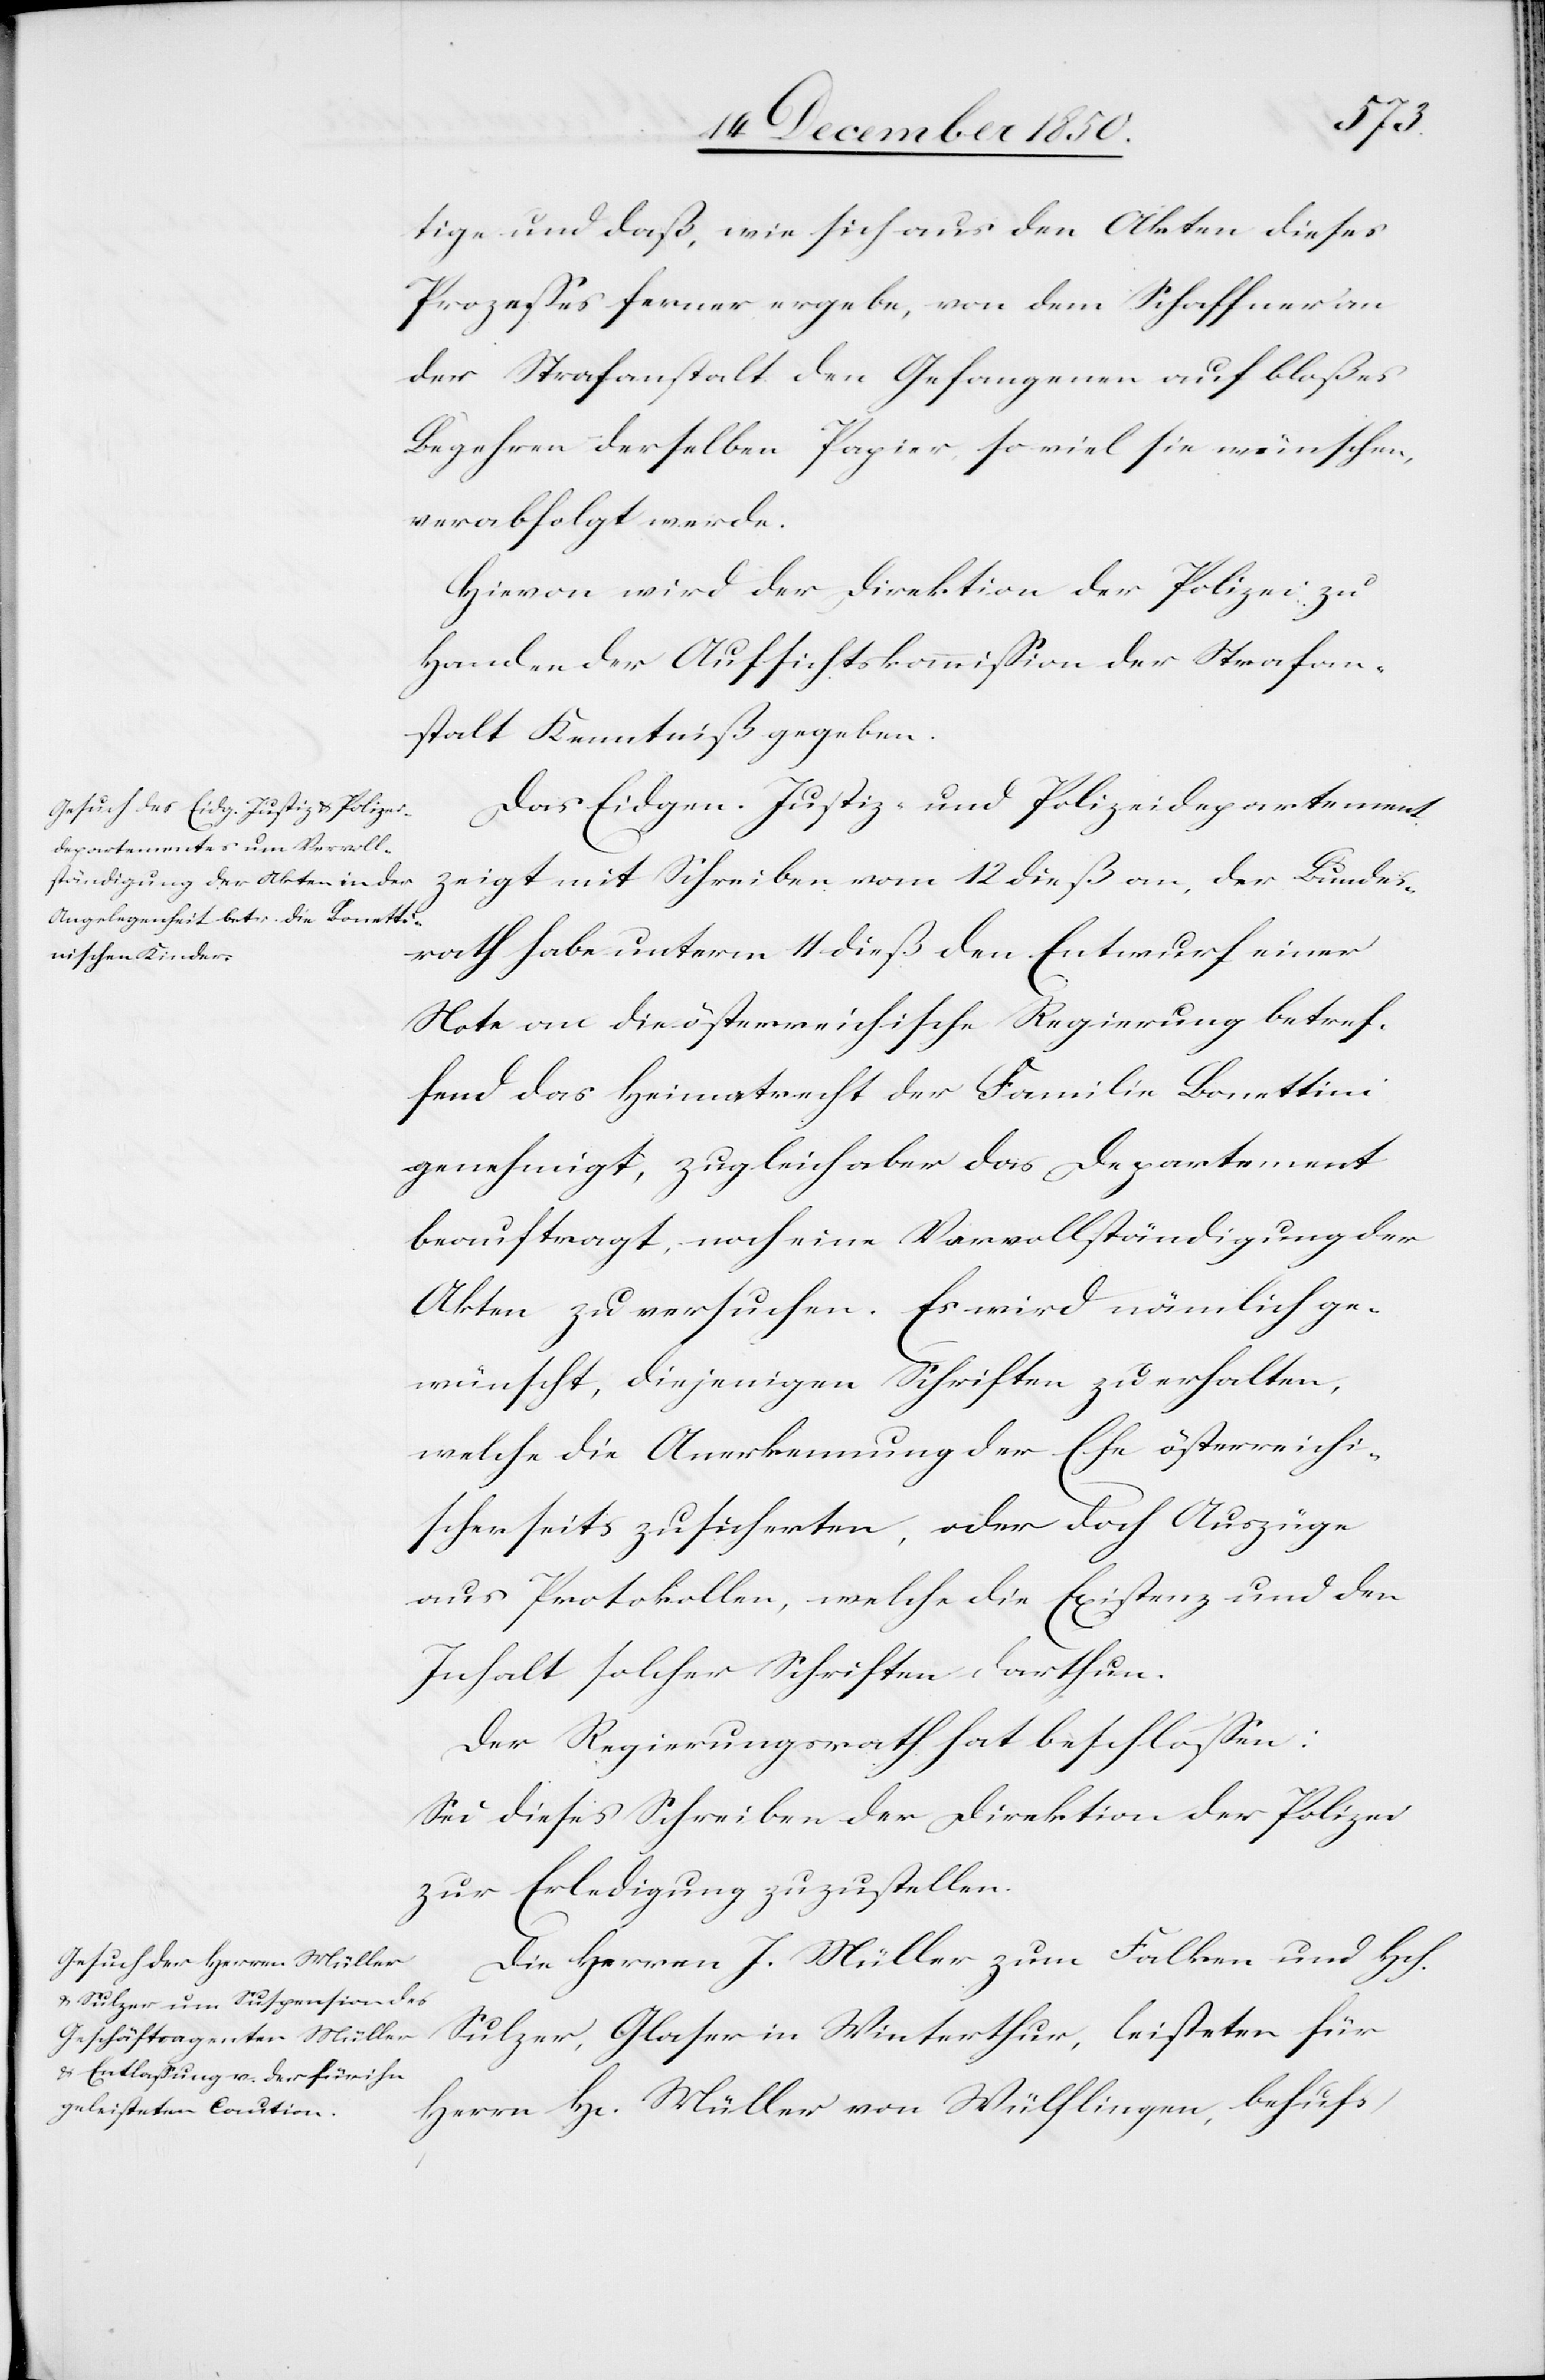
tige und daß, wie sich aus den Akten dieses
Prozesses ferner ergebe, von dem Schaffner an
der Strafanstalt den Gefangenen auf bloßes
Begehren derselben Papier, so viel sie wünschen,
verabfolgt werde.
Hievon wird der Direktion der Polizei zu
Handen der Aufsichtskommission der Strafan¬
stalt Kenntniß gegeben.
Das Eidgen. Justiz- und Polizeidepartement
zeigt mit Schreiben vom 12 dieß an, der Bundes¬
rath habe unterm 11 dieß den Entwurf einer
Note an die österreichische Regierung betref¬
fend das Heimatrecht der Familie Bonettini
genehmigt, zugleich aber das Departement
beauftragt, noch eine Vervollständigung der
Akten zu versuchen. Es wird nämlich ge¬
wünscht, diejenigen Schriften zu erhalten,
welche die Anerkennung der Ehe österreichi¬
scherseits zusicherten, oder doch Auszüge
aus Protokollen, welche die Existenz und den
Inhalt solcher Schriften darthun.
Der Regierungsrath hat beschlossen:
Sei dieses Schreiben der Direktion der Polizei
zur Erledigung zuzustellen.
Die Herren J. Müller zum Falken und Hch.
Sulzer, Glaser in Winterthur, leisteten für
Herrn H. Müller von Wülflingen, behufs